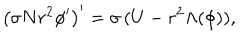
LaTeX: \left( \sigma N r ^ { 2 } \phi ^ { \prime } \right) ^ { \prime } = \sigma \, ( U - r ^ { 2 } \Lambda ( \phi ) ) ,